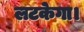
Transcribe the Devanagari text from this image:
लटकेगा।